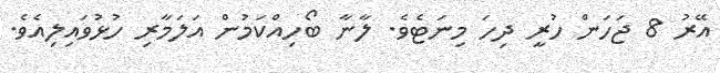
އޭރު 8 ޖަހަން ހުރީ ދިހަ މިނަޓެވެ. ލާނާ ބޯހިއްކަމުން އަލަމާރި ހުޅުވައިލިއެވެ.